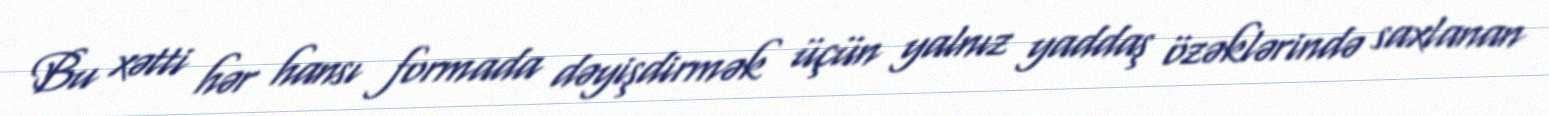
Bu xətti hər hansı formada dəyişdirmək üçün yalnız yaddaş özəklərində saxlanan